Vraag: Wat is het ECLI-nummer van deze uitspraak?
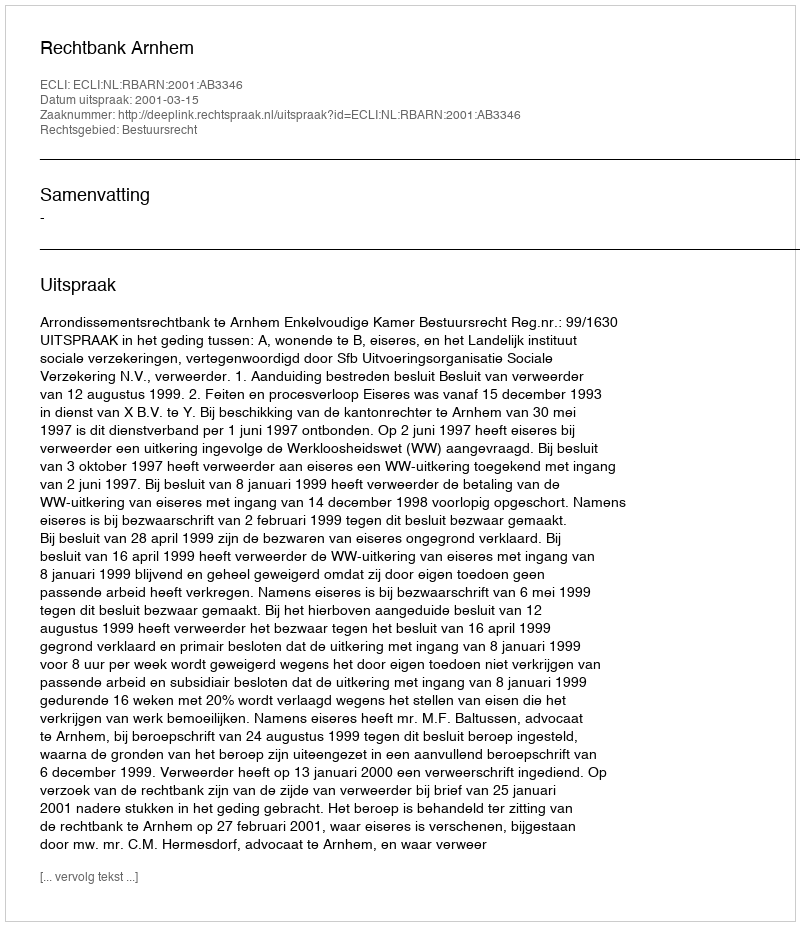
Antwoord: ECLI:NL:RBARN:2001:AB3346